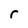
Character: r